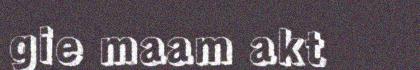
gie maam akt